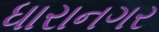
ધારાનગર